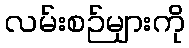
လမ်းစဉ်များကို